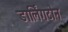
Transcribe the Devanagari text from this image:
डार्लिंगटोन